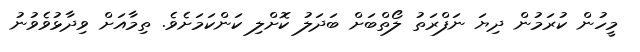
މީހުން ކުރަމުން ދިޔަ ނަފްރަތު ލޯތްބަށް ބަދަލު ކޮށްލި ކަންކަމަށެވެ. ތިމާއަށް ވިދާޅުވެވުނު